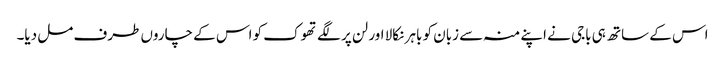
اس کے ساتھ ہی باجی نے اپنے منہ سے زبان کو باہر نکالا اور لن پر لگے تھوک کو اس کے چاروں طرف مل دیا۔